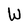
Character: W